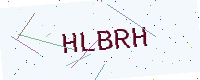
Text: HLBRH